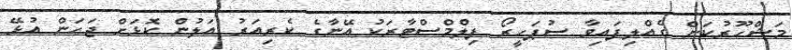
މަޝްހޫރުކަން ގެއްލިފައިވާ ސުޕަހީރޯ ފިލްމްސްޓާރަކު އޭނާގެ ކެރިއަރު އަލުން ކޮޅަށް ޖަހަން އުޅޭ